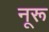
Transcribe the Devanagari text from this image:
नूरू